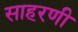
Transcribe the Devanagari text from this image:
साहरणी